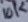
Text: 10K